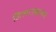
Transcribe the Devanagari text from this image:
जिलाउखरुल